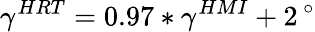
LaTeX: \gamma^{HRT}=0.97\ast\gamma^{HMI}+2\, ^{\circ}